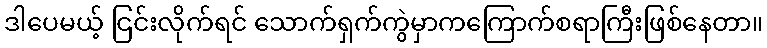
ဒါပေမယ့် ငြင်းလိုက်ရင် သောက်ရှက်ကွဲမှာကကြောက်စရာကြီးဖြစ်နေတာ။